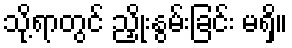
သို့ရာတွင် ညှိုးနွမ်းခြင်း မရှိ။